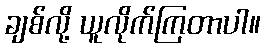
ချစ်လို့ ယူလိုက်ကြတာပါ။